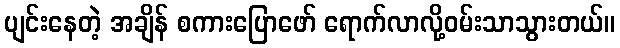
ပျင်းနေတဲ့ အချိန် စကားပြောဖော် ရောက်လာလို့ဝမ်းသာသွားတယ်။